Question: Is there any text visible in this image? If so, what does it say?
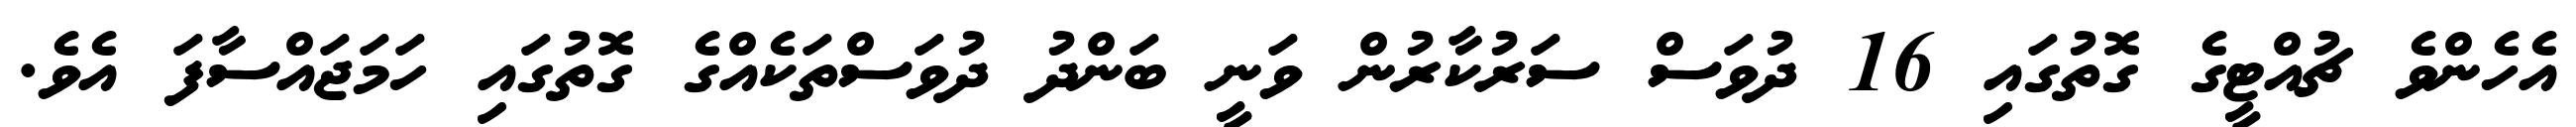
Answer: އެހެންވެ ޗުއްޓީގެ ގޮތުގައި 16 ދުވަސް ސަރުކާރުން ވަނީ ބަންދު ދުވަސްތަކެއްގެ ގޮތުގައި ހަމަޖައްސާފަ އެވެ.